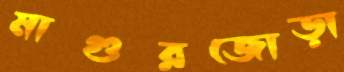
মাগুরজোড়া